Indian journal of veterinary science and animal husbandry - Volumes 26-27, 1956-1957
Year: 1956
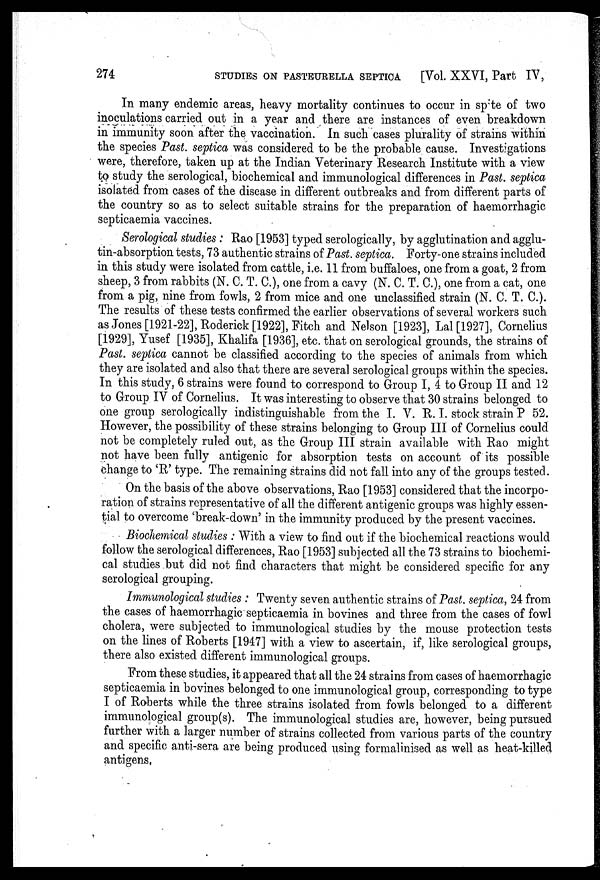
274 STUDIES ON PASTEURELLA SEPTICA [Vol. XXVI, Part IV,
In many endemic areas, heavy mortality continues to occur in spite of two
inoculations carried out in a year and there are instances of even breakdown
in immunity soon after the vaccination. In such cases plurality of strains within
the species Past. septica was considered to be the probable cause. Investigations
were, therefore, taken up at the Indian Veterinary Research Institute with a view
to study the serological, biochemical and immunological differences in Past. septica
isolated from cases of the disease in different outbreaks and from different parts of
the country so as to select suitable strains for the preparation of haemorrhagic
septicaemia vaccines.
Serological studies: Rao [1953] typed serologically, by agglutination and agglu-
tin-absorption tests, 73 authentic strains of Past. septica. Forty-one strains included
in this study were isolated from cattle, i.e. 11 from buffaloes, one from a goat, 2 from
sheep, 3 from rabbits (N. C. T. C.), one from a cavy (N. C. T. C.), one from a cat, one
from a pig, nine from fowls, 2 from mice and one unclassified strain (N. C. T. C.).
The results of these tests confirmed the earlier observations of several workers such
as Jones [1921-22], Roderick [1922], Fitch and Nelson [1923], Lal [1927], Cornelius
[1929], Yusef [1935], Khalifa [1936], etc. that on serological grounds, the strains of
Past. septica cannot be classified according to the species of animals from which
they are isolated and also that there are several serological groups within the species.
In this study, 6 strains were found to correspond to Group I, 4 to Group II and 12
to Group IV of Cornelius. It was interesting to observe that 30 strains belonged to
one group serologically indistinguishable from the I. V. R. I. stock strain P 52.
However, the possibility of these strains belonging to Group III of Cornelius could
not be completely ruled out, as the Group III strain available with Rao might
not have been fully antigenic for absorption tests on account of its possible
change to 'R' type. The remaining strains did not fall into any of the groups tested.
On the basis of the above observations, Rao [1953] considered that the incorpo-
ration of strains representative of all the different antigenic groups was highly essen-
tial to overcome 'break-down' in the immunity produced by the present vaccines.
Biochemical studies: With a view to find out if the biochemical reactions would
follow the serological differences, Rao [1953] subjected all the 73 strains to biochemi-
cal studies but did not find characters that might be considered specific for any
serological grouping.
Immunological studies: Twenty seven authentic strains of Past. septica, 24 from
the cases of haemorrhagic septicaemia in bovines and three from the cases of fowl
cholera, were subjected to immunological studies by the mouse protection tests
on the lines of Roberts [1947] with a view to ascertain, if, like serological groups,
there also existed different immunological groups.
From these studies, it appeared that all the 24 strains from cases of haemorrhagic
septicaemia in bovines belonged to one immunological group, corresponding to type
I of Roberts while the three strains isolated from fowls belonged to a different
immunological group(s). The immunological studies are, however, being pursued
further with a larger number of strains collected from various parts of the country
and specific anti-sera are being produced using formalinised as well as heat-killed
antigens.